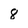
Character: 8